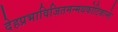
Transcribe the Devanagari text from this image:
देहप्रभाविजितमन्मथकोटिकान्तेः